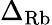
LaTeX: \Delta_{\mathrm{Rb}}